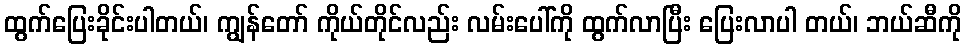
ထွက်ပြေးခိုင်းပါတယ်၊ ကျွန်တော် ကိုယ်တိုင်လည်း လမ်းပေါ်ကို ထွက်လာပြီး ပြေးလာပါ တယ်၊ ဘယ်ဆီကို